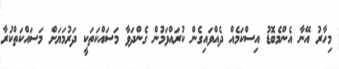
މިހާރު އޭނާ އެންމެބޮޑު އިސްކަމެއް ދެއްވައިގެން ކުރައްވަމުން ގެންދަވާ މަސައްކަތަކީ ދަރުމަޔަށް މަސައްކަތްކުރާ